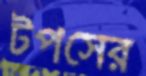
টপসের